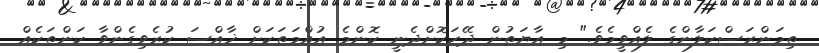
ތިމަންރަސްކަލާންގެ ލެއްވީމެވެ." މި އާޔަތުން ދޭހަކޮށްދެނީ ކޮންމެ އުއްމަތަކަށް ޚާއްސަ ކުރެވިގެންވާ ކަންތަކެއް